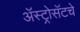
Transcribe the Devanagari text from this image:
ॲस्ट्रोसॅटचे